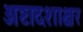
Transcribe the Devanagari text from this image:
अष्टादशाक्षर